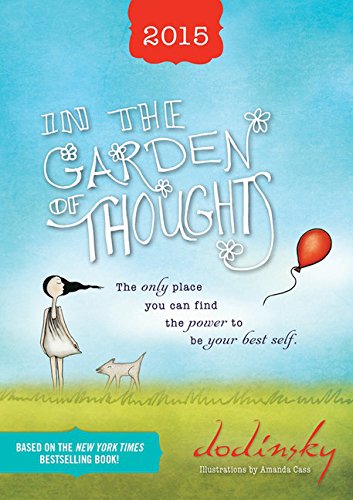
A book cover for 2015 In the Garden of Thoughts Planner; Dodinsky; Calendars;